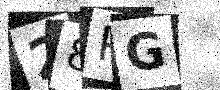
Text: 28PG